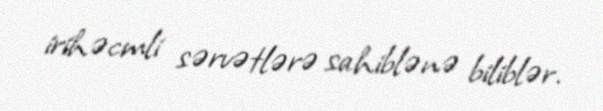
irihəcmli sərvətlərə sahiblənə biliblər.